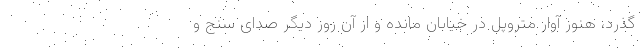
گذرد، هنوز آوار متروپل در خیابان مانده و از آن روز دیگر صدای سنج و